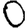
Digit: 0